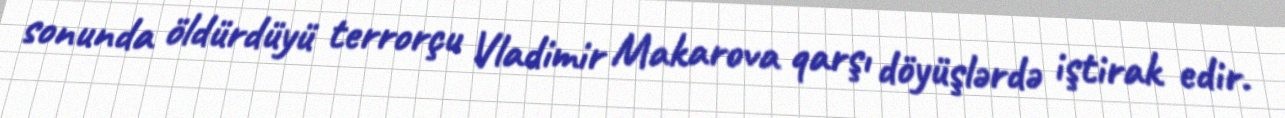
sonunda öldürdüyü terrorçu Vladimir Makarova qarşı döyüşlərdə iştirak edir.